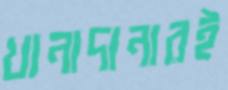
খানাদানারই